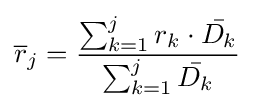
{\overline {r}}_{j}={\frac {\sum _{k=1}^{j}r_{k}\cdot {\bar {D_{k}}}}{\sum _{k=1}^{j}{\bar {D_{k}}}}}